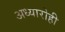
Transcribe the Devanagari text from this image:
अध्यारोही